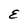
Character: E